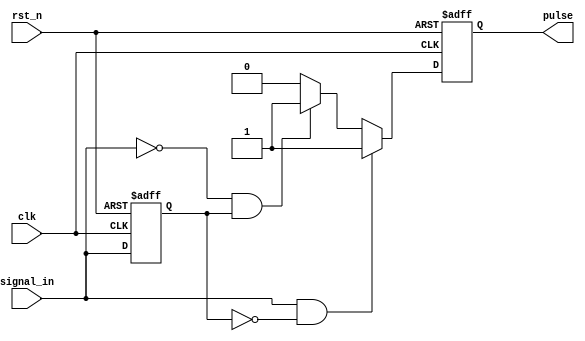
module pulse_edge_detector (
    input wire clk,          // Clock signal
    input wire rst_n,       // Active low reset signal
    input wire signal_in,    // Input signal to detect edges
    output reg pulse         // Output pulse signal
);

    // Memory block to hold the previous state of the input signal
    reg signal_prev;

    // Edge detection logic
    always @(posedge clk or negedge rst_n) begin
        if (!rst_n) begin
            // Initialize the previous state and pulse output
            signal_prev <= 1'b0;
            pulse <= 1'b0;
        end else begin
            // Edge detection
            if (signal_in && !signal_prev) begin
                // Rising edge detected
                pulse <= 1'b1; // Generate pulse
            end else if (!signal_in && signal_prev) begin
                // Falling edge detected
                pulse <= 1'b1; // Generate pulse
            end else begin
                pulse <= 1'b0; // No edge detected
            end
            
            // Update the previous state
            signal_prev <= signal_in;
        end
    end

endmodule